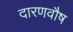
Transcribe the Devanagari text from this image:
दारणवौष